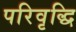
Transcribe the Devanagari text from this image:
परिवृद्धि